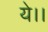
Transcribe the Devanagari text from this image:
ये।।